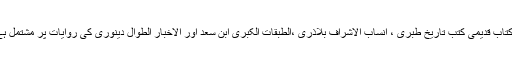
یہ کتاب قدیمی کتب تاریخ طبری ، انساب الاشراف بلاذری ،الطبقات الکبریٰ ابن سعد اور الاخبار الطوال دینوری کی روایات پر مشتمل ہے ۔